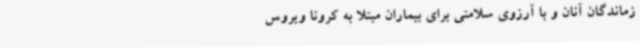
زماندگان آنان و با آرزوی سلامتی برای بیماران مبتلا به کرونا ویروس